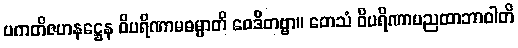
ပကတိဇဟနဋ္ဌေန ဝိပရိဏာမဓမ္မာတိ ဝေဒိတဗ္ဗာ။ တေသံ ဝိပရိဏာမညထာဘာဝါတိ